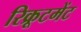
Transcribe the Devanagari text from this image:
रिक्रूटमेंट